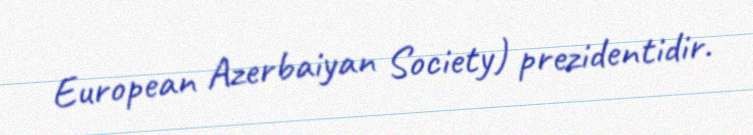
European Azerbaiyan Society) prezidentidir.